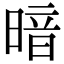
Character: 暗